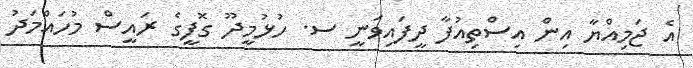
އެ ޖަމިއްޔާ އިން އިސްތިއުފާ ދީފައިވަނީ ސ. ހުޅުމީދޫ ގޮފީގެ ރައީސް މުހައްމަދު